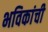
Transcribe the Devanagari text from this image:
भविकांची